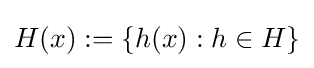
{\textstyle H(x):=\{h(x):h\in H\}}